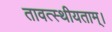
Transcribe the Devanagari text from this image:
तावत्स्थीयताम्।